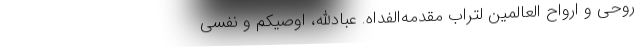
روحی و ارواح العالمین لتراب مقدمه‌الفداه. عبادالله، اوصیکم و نفسی